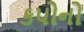
કપોનો